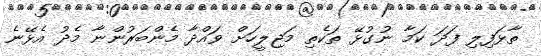
ތާޅަފިލި ފަދަ ކަމާ ނުގުޅޭ ތަކެތި މަޖިލީހަށް ވައްދާ މެންބަރުންނާ މެދު އެޅޭނެ